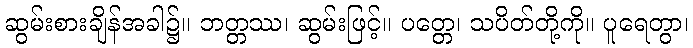
ဆွမ်းစားချိန်အခါ၌။ ဘတ္တဿ၊ ဆွမ်းဖြင့်။ ပတ္တေ၊ သပိတ်တို့ကို။ ပူရေတွာ၊